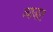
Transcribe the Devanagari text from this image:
व्याजात